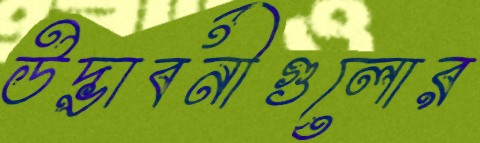
উদ্ভাবনীগুলোর